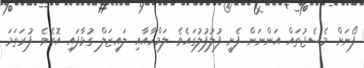
ފޯނަށް މެސެޖުތައް އަންނަން ފެށީ ފުލުފުލުގައެވެ. ލަމްހާއާއި ލައިޒަލް ގުޅާފައި އޮތެވެ. ފުރަތަމަ